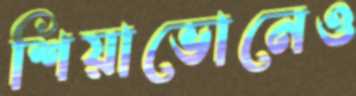
শিয়াভোনেও